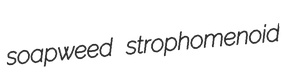
soapweed strophomenoid